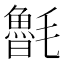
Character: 𣰯